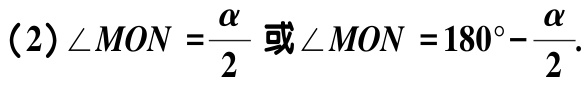
(2)$\angle MON=\frac{\alpha}{2}$或$\angle MON = 180^{\circ}-\frac{\alpha}{2}$.